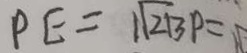
P E = \sqrt { 1 3 2 } p =